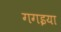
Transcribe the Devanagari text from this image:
गगइया